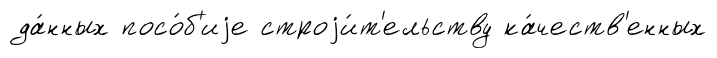
да́нных посо́б'иjе строjи́т'ельству ка́честв'енных